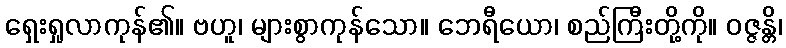
ရှေးရှုလာကုန်၏။ ဗဟူ၊ များစွာကုန်သော။ ဘေရီယော၊ စည်ကြီးတို့ကို။ ဝဇ္ဇန္တိ၊